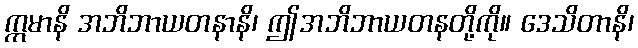
ဣမာနိ အဘိဘာယတနာနိ၊ ဤအဘိဘာယတနတို့ကို။ ဒေသိတာနိ၊